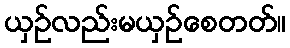
ယှဉ်လည်းမယှဉ်စေတတ်။